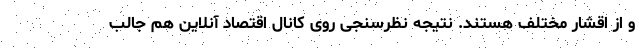
و از اقشار مختلف هستند. نتیجه نظرسنجی روی کانال اقتصاد آنلاین هم جالب